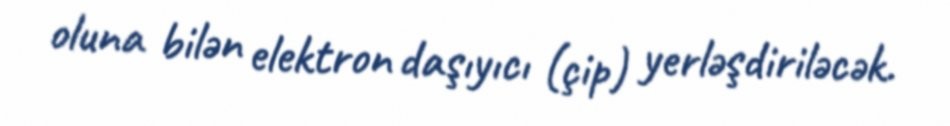
oluna bilən elektron daşıyıcı (çip) yerləşdiriləcək.